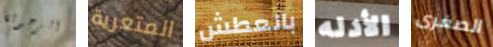
الرجولة المتعرية بالعطش الأدله الصغرى